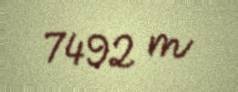
7492 m